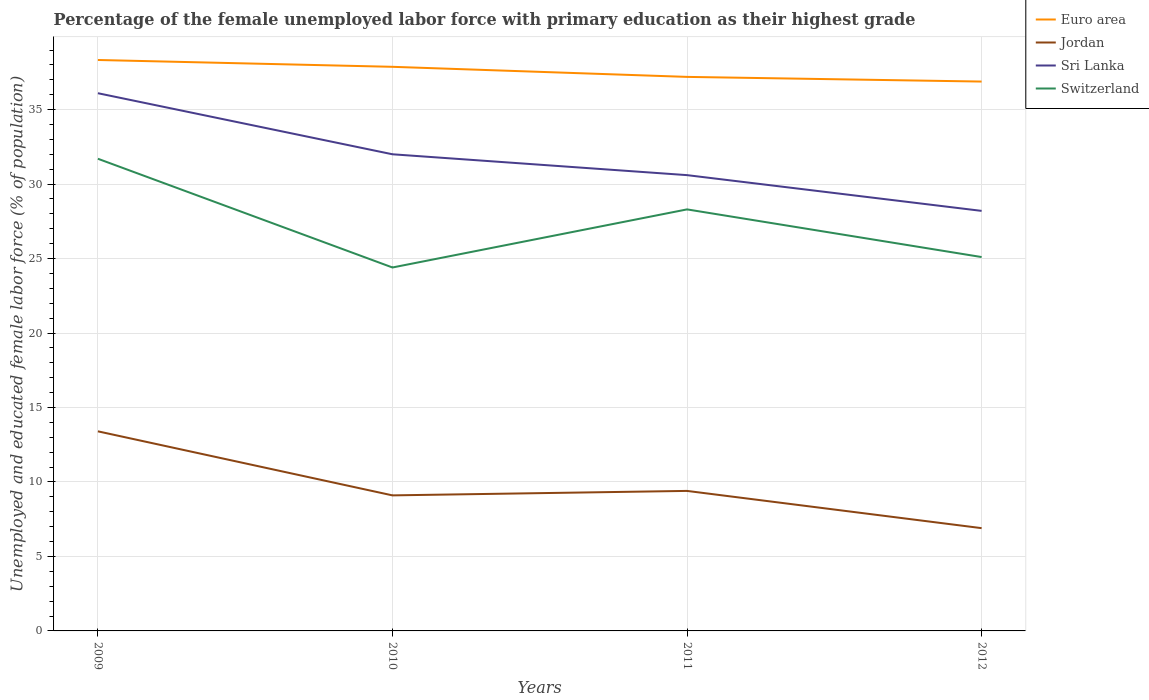
| Years | Euro area | Jordan | Sri Lanka | Switzerland |
 | --- | --- | --- | --- | --- |
 | 2009 | 38.3 | 13.4 | 36.1 | 31.7 |
 | 2010 | 37.9 | 9.1 | 32 | 24.4 |
 | 2011 | 37.2 | 9.4 | 30.6 | 28.3 |
 | 2012 | 36.9 | 6.9 | 28.2 | 25.1 |